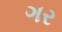
ગર